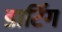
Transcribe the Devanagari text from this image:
डार्टिंग